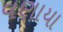
વણાયા